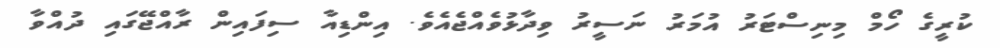
ކުރީގެ ހޯމް މިނިސްޓަރު އުމަރު ނަސީރު ވިދާޅުވެއްޖެއެވެ. އިންޑިއާ ސިފަައިން ރާއްޖޭގައި ދުއްވާ